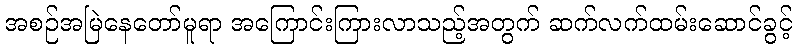
အစဉ်အမြဲနေတော်မူရာ အကြောင်းကြားလာသည့်အတွက် ဆက်လက်ထမ်းဆောင်ခွင့်